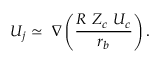
U _ { j } \simeq ~ \nabla \left( \frac { R ~ Z _ { c } ~ { U _ { c } } } { r _ { b } } \right) .